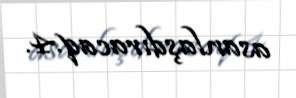
asanlaşdıracaq.4.